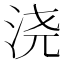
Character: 浇